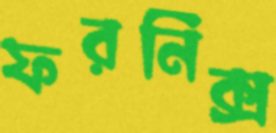
ফরনিক্স